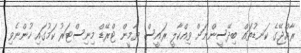
ރާއްޖޭގެ ކަނޑުތައް ބިދޭސީންނަށް ވިއްކާލީ ރައީސް ޔާމީން ޓްރޭޑް މިނިސްޓަރު ކަމުގައި ހުންނެވި